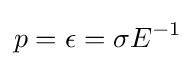
p=\epsilon =\sigma E^{-1}